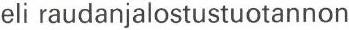
eli raudanjalostustuotannon